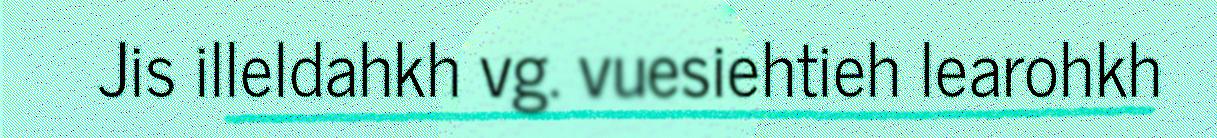
Jis illeldahkh vg. vuesiehtieh learohkh